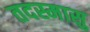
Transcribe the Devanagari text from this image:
तदस्मासु